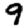
Digit: 9